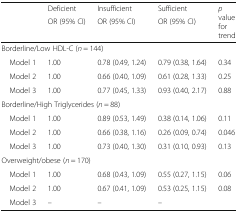
<table><thead><tr><td rowspan="2"></td><td><b>Deficient</b></td><td><b>Insufficient</b></td><td><b>Sufficient</b></td><td rowspan="2"><b><i>p</i> value for trend</b></td></tr><tr><td><b>OR (95% CI)</b></td><td><b>OR (95% CI)</b></td><td><b>OR (95% CI)</b></td></tr></thead><tbody><tr><td colspan="5">Borderline/Low HDL-C (<i>n</i> = 144)</td></tr><tr><td> Model 1</td><td>1.00</td><td>0.78 (0.49, 1.24)</td><td>0.79 (0.38, 1.64)</td><td>0.34</td></tr><tr><td> Model 2</td><td>1.00</td><td>0.66 (0.40, 1.09)</td><td>0.61 (0.28, 1.33)</td><td>0.25</td></tr><tr><td> Model 3</td><td>1.00</td><td>0.77 (0.45, 1.33)</td><td>0.93 (0.40, 2.17)</td><td>0.88</td></tr><tr><td colspan="5">Borderline/High Triglycerides (<i>n</i> = 88)</td></tr><tr><td> Model 1</td><td>1.00</td><td>0.89 (0.53, 1.49)</td><td>0.38 (0.14, 1.06)</td><td>0.11</td></tr><tr><td> Model 2</td><td>1.00</td><td>0.66 (0.38, 1.16)</td><td>0.26 (0.09, 0.74)</td><td>0.046</td></tr><tr><td> Model 3</td><td>1.00</td><td>0.73 (0.40, 1.30)</td><td>0.31 (0.10, 0.93)</td><td>0.13</td></tr><tr><td colspan="5">Overweight/obese (<i>n</i> = 170)</td></tr><tr><td> Model 1</td><td>1.00</td><td>0.68 (0.43, 1.09)</td><td>0.55 (0.27, 1.15)</td><td>0.06</td></tr><tr><td> Model 2</td><td>1.00</td><td>0.67 (0.41, 1.09)</td><td>0.53 (0.25, 1.15)</td><td>0.08</td></tr><tr><td> Model 3</td><td>–</td><td>–</td><td>–</td><td></td></tr></tbody></table>